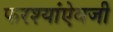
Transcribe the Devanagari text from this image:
फरश्यांऐवजी